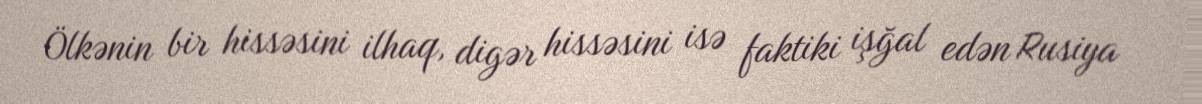
Ölkənin bir hissəsini ilhaq, digər hissəsini isə faktiki işğal edən Rusiya